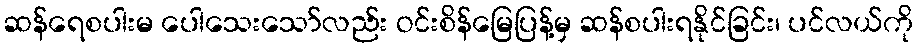
ဆန်ရေစပါးမ ပေါသေးသော်လည်း ဝင်းစိန်မြေပြန့်မှ ဆန်စပါးရနိုင်ခြင်း၊ ပင်လယ်ကို